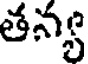
తన్య